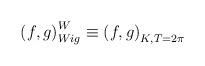
LaTeX: \begin{align*}\left( f,g\right) _{Wig}^{W}\equiv \left( f,g\right) _{K,T=2\pi }\end{align*}